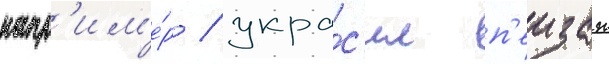
напр'им'е́р / укра́с'ил п'еизаж